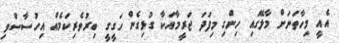
އެއީ މިހާތަނަށް މާލޭގައި ހިންގި މިފަދަ ޖަރީމާއަކާ ގުޅިގެން ހަގީގީ ބިރުވެރިކަމެއް އިހުސާސްވި